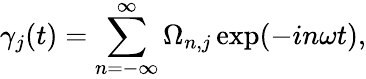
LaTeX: \gamma_{j}(t)=\sum_{n=-\infty}^{\infty}\Omega_{n,j}\exp(-in\omega t),